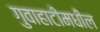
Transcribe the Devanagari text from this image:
गुवाहाटीमधील